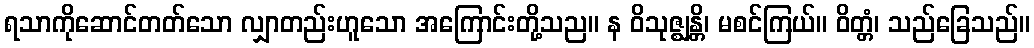
ရသာကိုဆောင်တတ်သော လျှာတည်းဟူသော အကြောင်းတို့သည။ န ဝိသုဇ္ဈန္တိ၊ မစင်ကြယ်။ ဝိတ္တံ၊ သည်ခြေသည်။